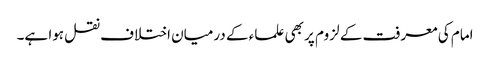
امام کی معرفت کے لزوم پر بھی علماء کے درمیان اختلاف نقل ہوا ہے۔